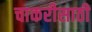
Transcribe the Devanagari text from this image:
चाकरीसाठी